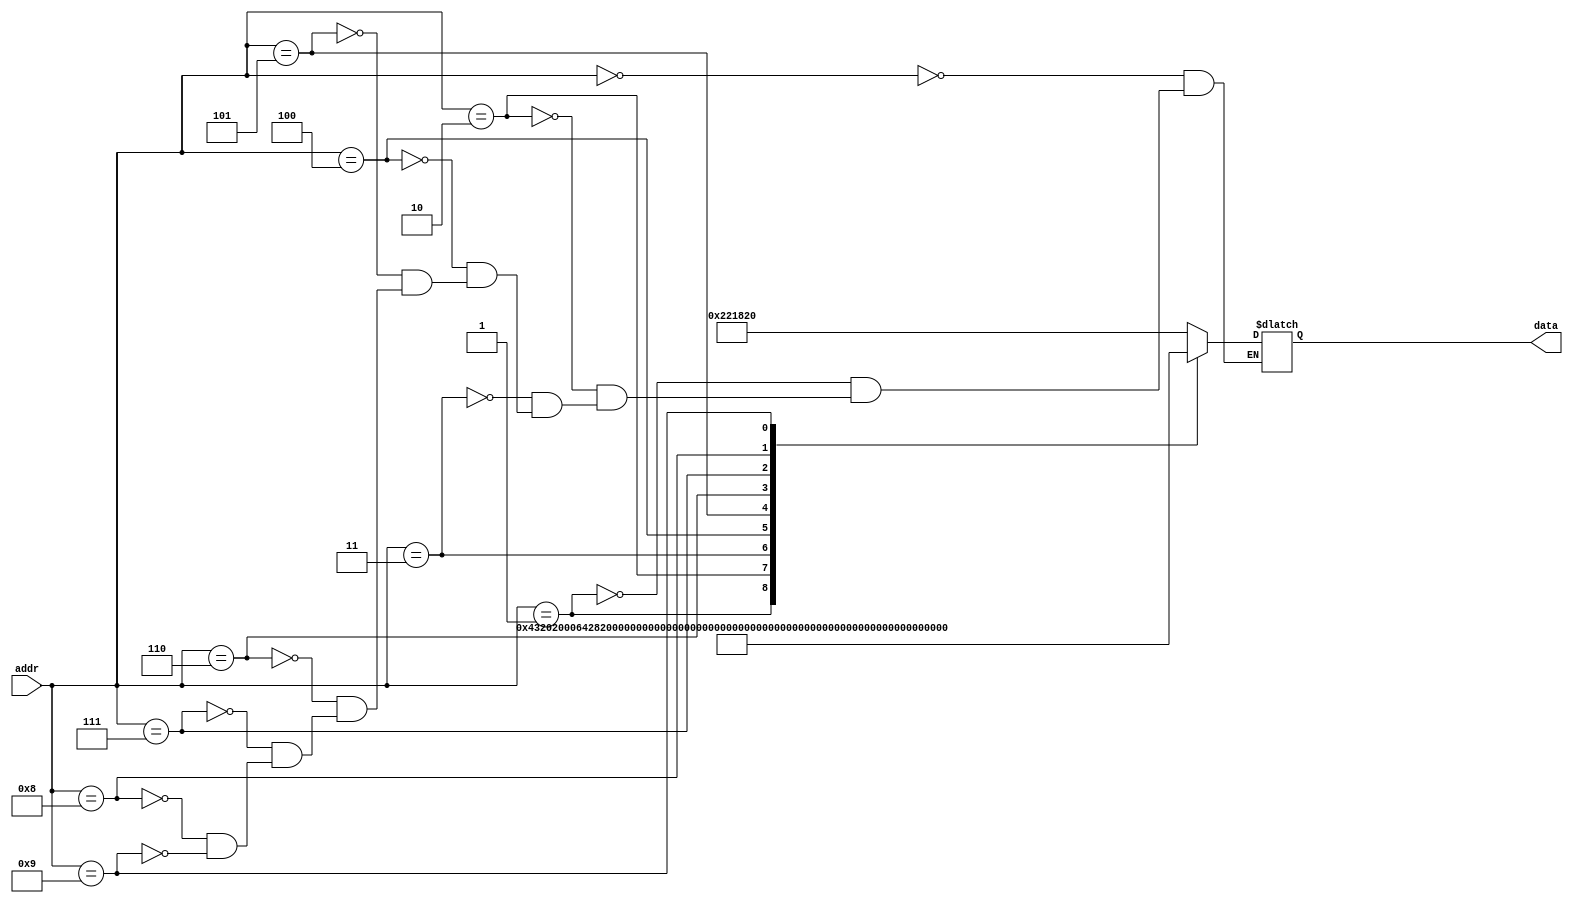
module instructionmemory (
	input [5:0] addr,
	output [31:0] data
);
	reg [31:0] data;
	always @(addr) begin
		case(addr)
			00 : data = 32'b000000_00001_00010_00011_00000_100000;
			01 : data = 32'b000000_00010_00011_00100_00000_100000;
			02 : data = 32'b000000_00011_00100_00101_00000_100000;
			03 : data = 32'b000000_00100_00101_00110_00000_100000;
			04 : data = 32'b000000_00101_00110_00111_00000_100000;
			05 : data = 32'b000000_00110_00111_01000_00000_100000;
			06 : data = 32'b000000_00111_01000_01001_00000_100000;
			07 : data = 32'b000000_01000_01001_01010_00000_100000;
			08 : data = 32'b000000_01001_01010_01011_00000_100000;
			09 : data = 32'b100011_01011_01100_0000000000100000;
		endcase
	end
endmodule